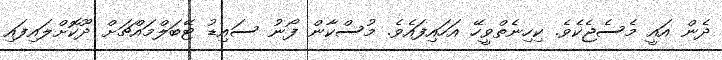
ދެން އައީ މެސެޖެކެވެ. ކިހިނެތްވީހޭ އަހައިފައެވެ. މުސްކާން ފޯނު ސައިޑު ޓޭބަލްމައްޗަށް ދޫކޮށްލައިފައި